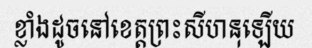
ខ្លាំងដូចនៅខេត្តព្រះសីហនុឡើយ